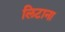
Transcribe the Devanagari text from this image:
लिटाना